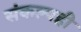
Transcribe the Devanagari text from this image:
संकल्पही